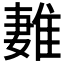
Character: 𨿩